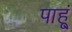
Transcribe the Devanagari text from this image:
पाहू्ं